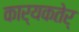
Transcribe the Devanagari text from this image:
कार्यकतेर्